画像に写った文字を読んでください
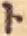
「ト」と書いてあります